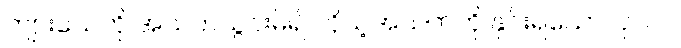
ကျားသေကို အသက်သွင်းမိ၍ ကိုယ့်အသက်ကို နှင်းရသောလုလင်